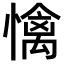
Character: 𢢬